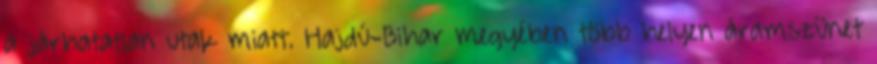
a járhatatlan utak miatt. Hajdú-Bihar megyében több helyen áramszünet